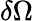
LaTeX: \delta\Omega